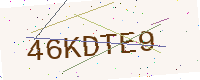
Text: 46KDTE9